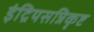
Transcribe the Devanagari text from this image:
इंद्रियसन्निकृष्ट